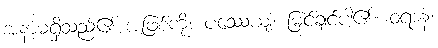
အနာမရှိသည်၏ အဖြစ်ကို။ ပဿေယျံ၊ မြင်ချင်ပါ၏။ ဝရာနံ၊